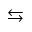
\leftrightarrows